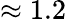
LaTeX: \approx 1.2